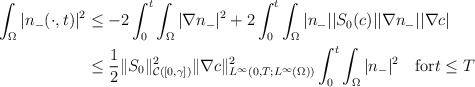
\begin{align*}\begin{aligned}\int_{\Omega}|n_{-}(\cdot,t)|^{2} &\le -2\int_{0}^{t}\int_{\Omega}|\nabla n_{-}|^{2}+2 \int_{0}^{t}\int_{\Omega}|n_{-}||S_{0}(c)||\nabla n_{-}||\nabla c|\\&\le\frac{1}{2}\|S_{0}\|_{\mathcal{C}([0,\gamma])}^{2}\|\nabla c\|_{L^{\infty}(0,T;L^{\infty}(\Omega))}^{2}\int_{0}^{t}\int_{\Omega}|n_{-}|^{2} \quad\mbox{for}t\le T \end{aligned}\end{align*}